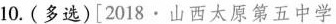
10.(多选)[2018.山西太原第五中学